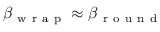
\beta _ { \mathrm { ~ w ~ r ~ a ~ p ~ } } \approx \beta _ { \mathrm { ~ r ~ o ~ u ~ n ~ d ~ } }